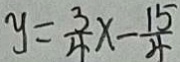
y = \frac { 3 } { 4 } x - \frac { 1 5 } { 4 }